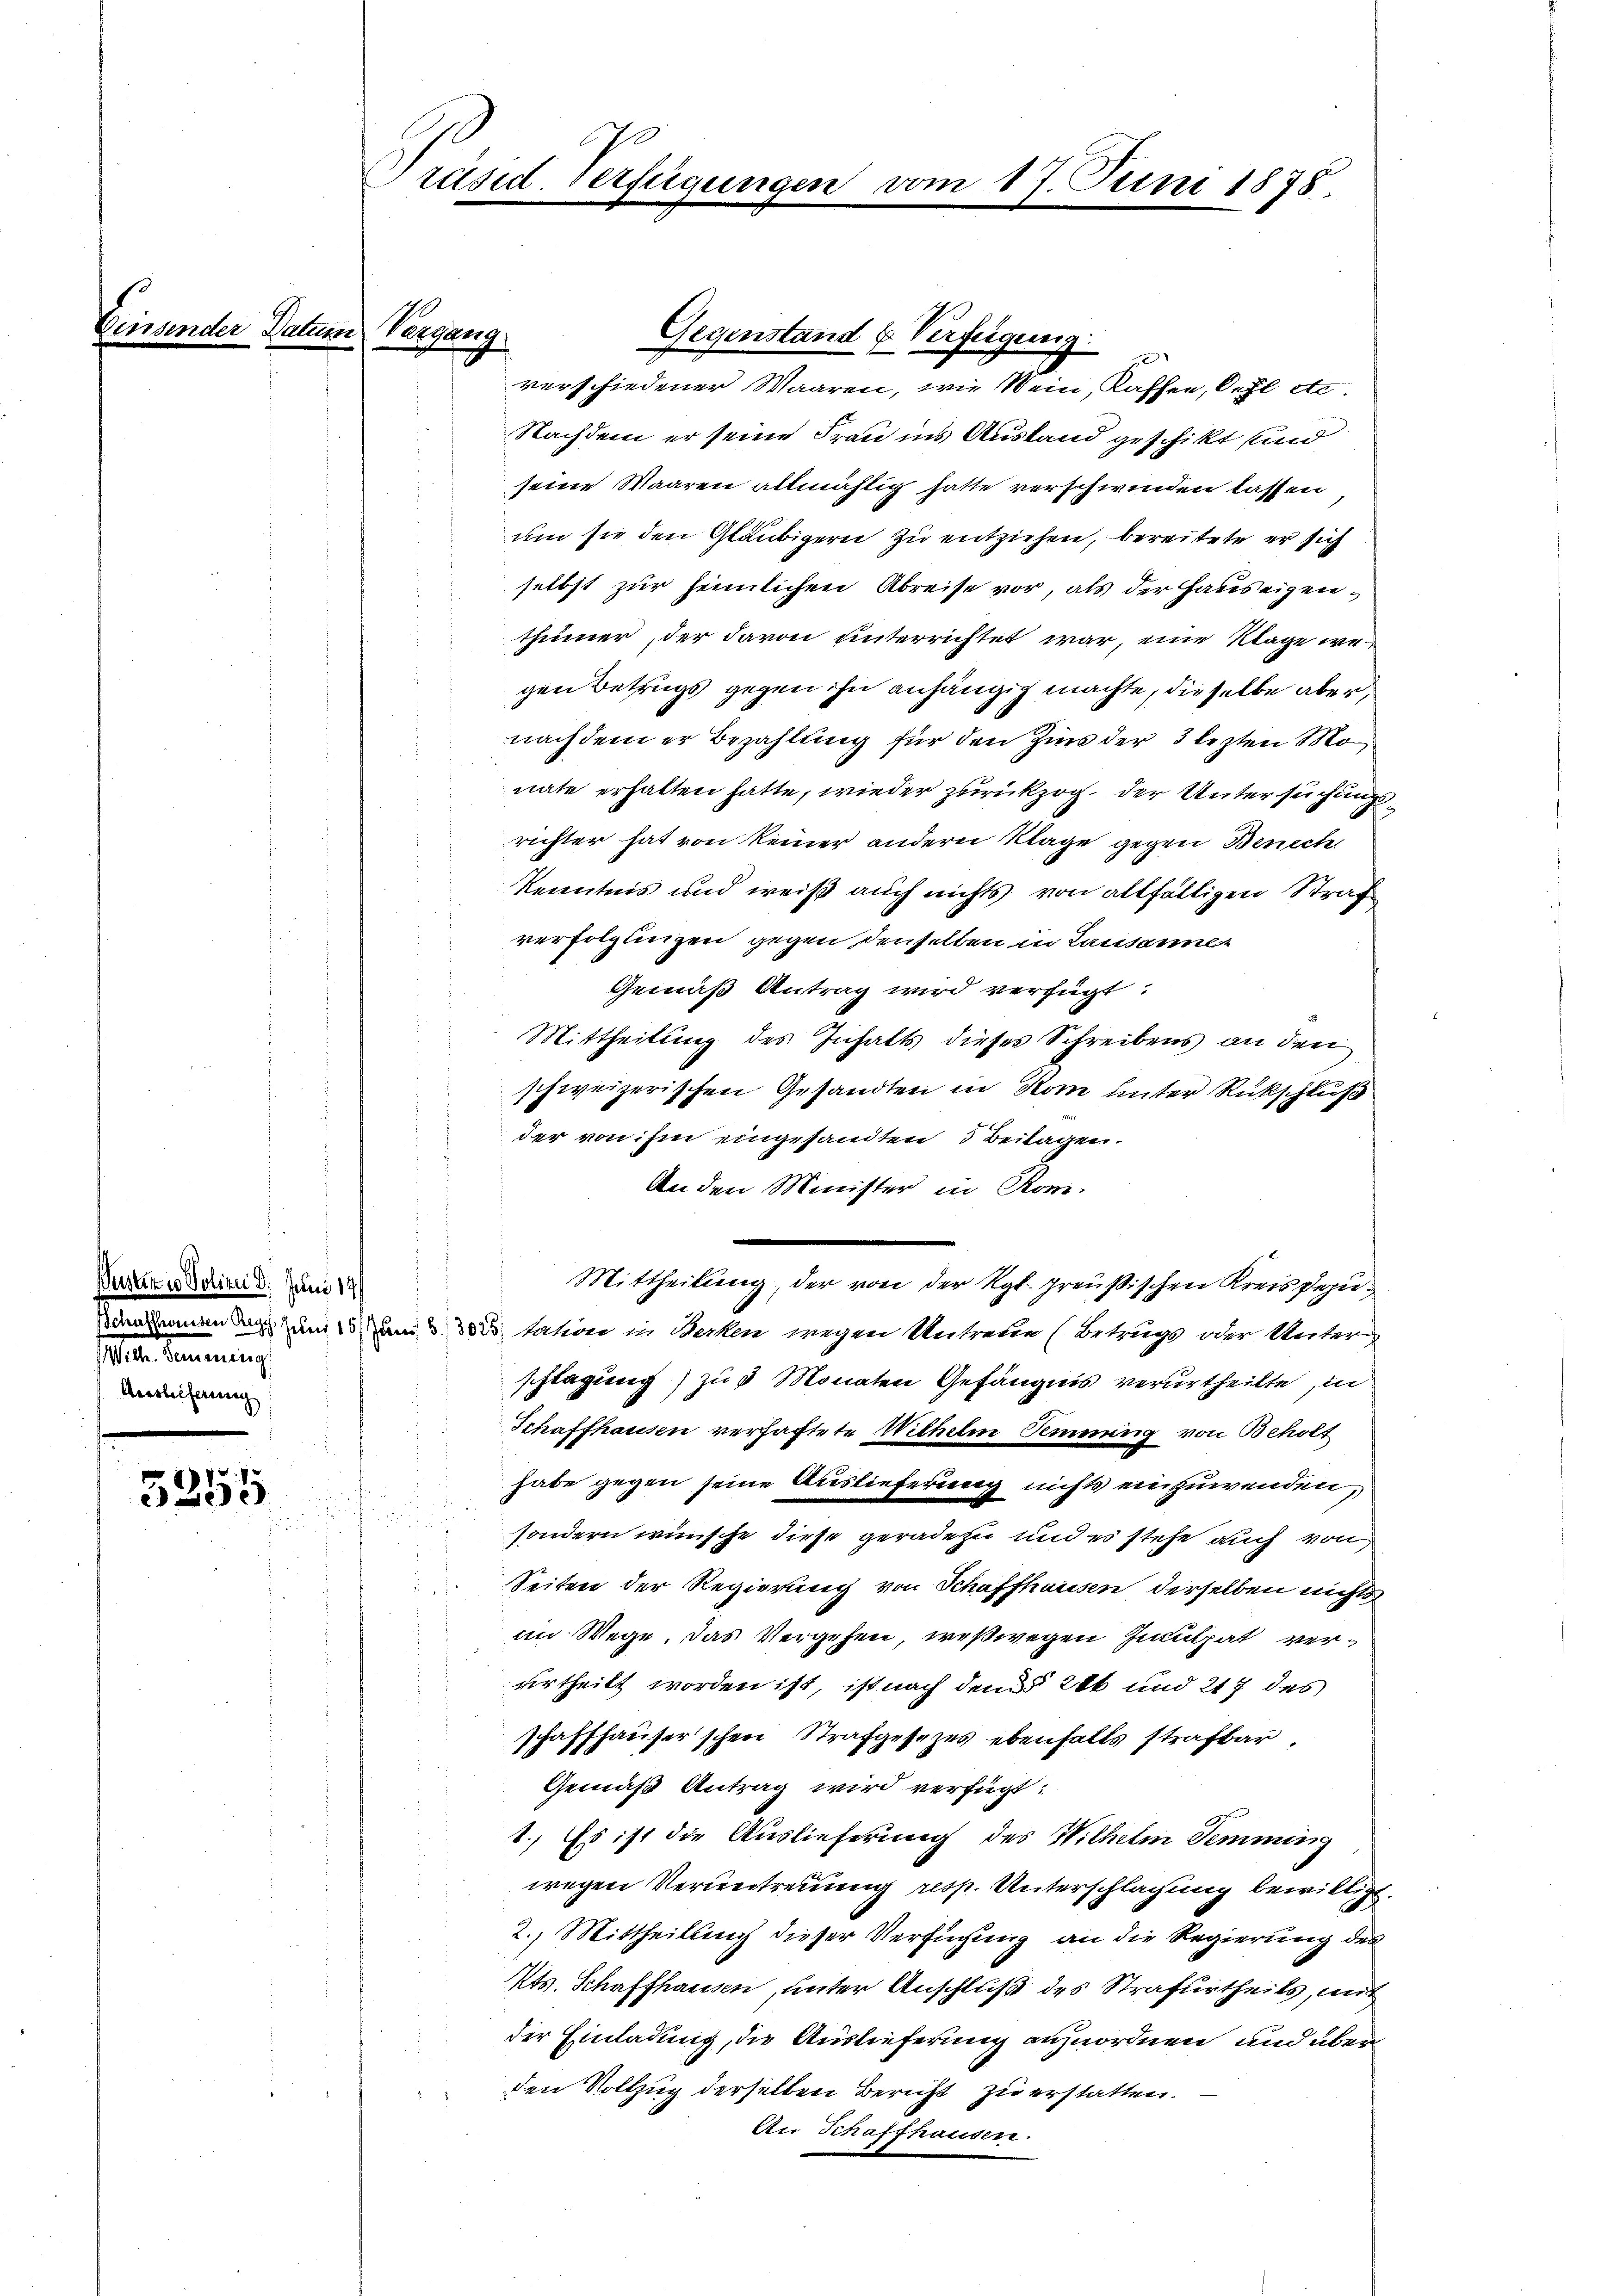
x
3250

Datum Vergang

Puster in Polizei d. Juni 14
. mein
Areslieferung

Präsid. Verfügungen

verschiedener Waaren, wie Wein, Kaffee, Oehl etc.
Nachdem er seine Frau ins Austand geschikt sind
seien Waaren allmählig hatte verschwinden lassen
um sie den Gläubigern zu entziehen, bereitete er sich
selbst zur heimlichen Abreise vor, als der Hauseigenthümer, der davon unterrichtet war, eine Klage wegen Betrugs gegen ihn anhängig machte, dieselbe aber,
nachdem er Bezahlung für den Zins der 3 lezten Monate erhalten hatte, wieder zurückzog, der Untersuchung
richter hat von keiner andern Klage gegen Berech
Kenntnis und weiß auch nichts von allfälligen Straf
verfolgungen gegen denselben in Lausanne
Gemäß Antrag wird verfügt:
Mittheilung des Inhalts dieses Schreibens an den
schweizerischen Gesandten in Kom unter Rückschluß
der von ihm eingesandten 3 Beilagen.
An den Minister in Rom.
Mittheilung, der von der Kgl. preußischen Kreisdepu¬
Sommen den zum an der tation in Becken wegen Untreue (Betrugs oder Unter-
schlagung) zu 3 Monaten Gefängnis verurtheilte, in
Schaffhausen verhaftete Wilhelm Sinnung von Beholt
habe gegen seine Auslieferung nichts einzuwenden,
sondern wünsche diese geradezu und es stehe auch von
Seiten der Regierung von Schaffhausen derselben nichts
im Wege. Das Vergehen, weßwegen Inculpat verurtheilt worden ist, ist nach dem § 286 und 217 des
schaffhauserschen Strafgesezes ebenfalls strafbar,
Gemäß Antrag wird verfügt:
1.) Es ist die Auslieferung des Wilhelm Semming
wegen Veruntreuung resp. Unterschlagung bewilligt.
2.) Mittheilung dieser Verfügung an die Regierung des
Mts. Schaffhausen, unter Anschluß des Strafurtheils, mit
der Einladung, die Auslieferung anzuordnen, und überden Vollzug derselben Bericht zu erstatten.
An Schaffhausen.

Gegenstand & Verfügung.

17. Juni 1878.